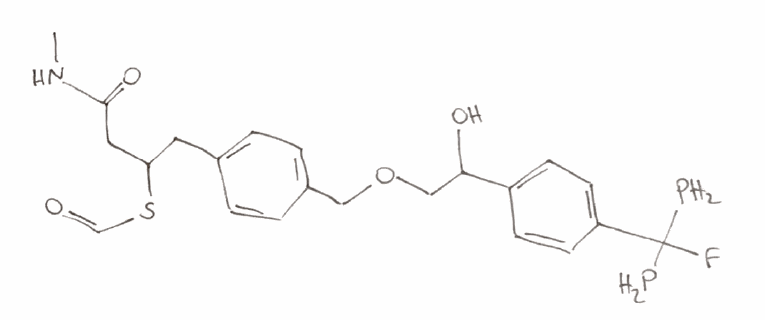
Simplified molecular-input line-entry system (SMILES) notation of the given molecule:
CNC(=O)CC(CC1=CC=C(C=C1)COCC(C2=CC=C(C=C2)C(F)(P)P)O)SC=O